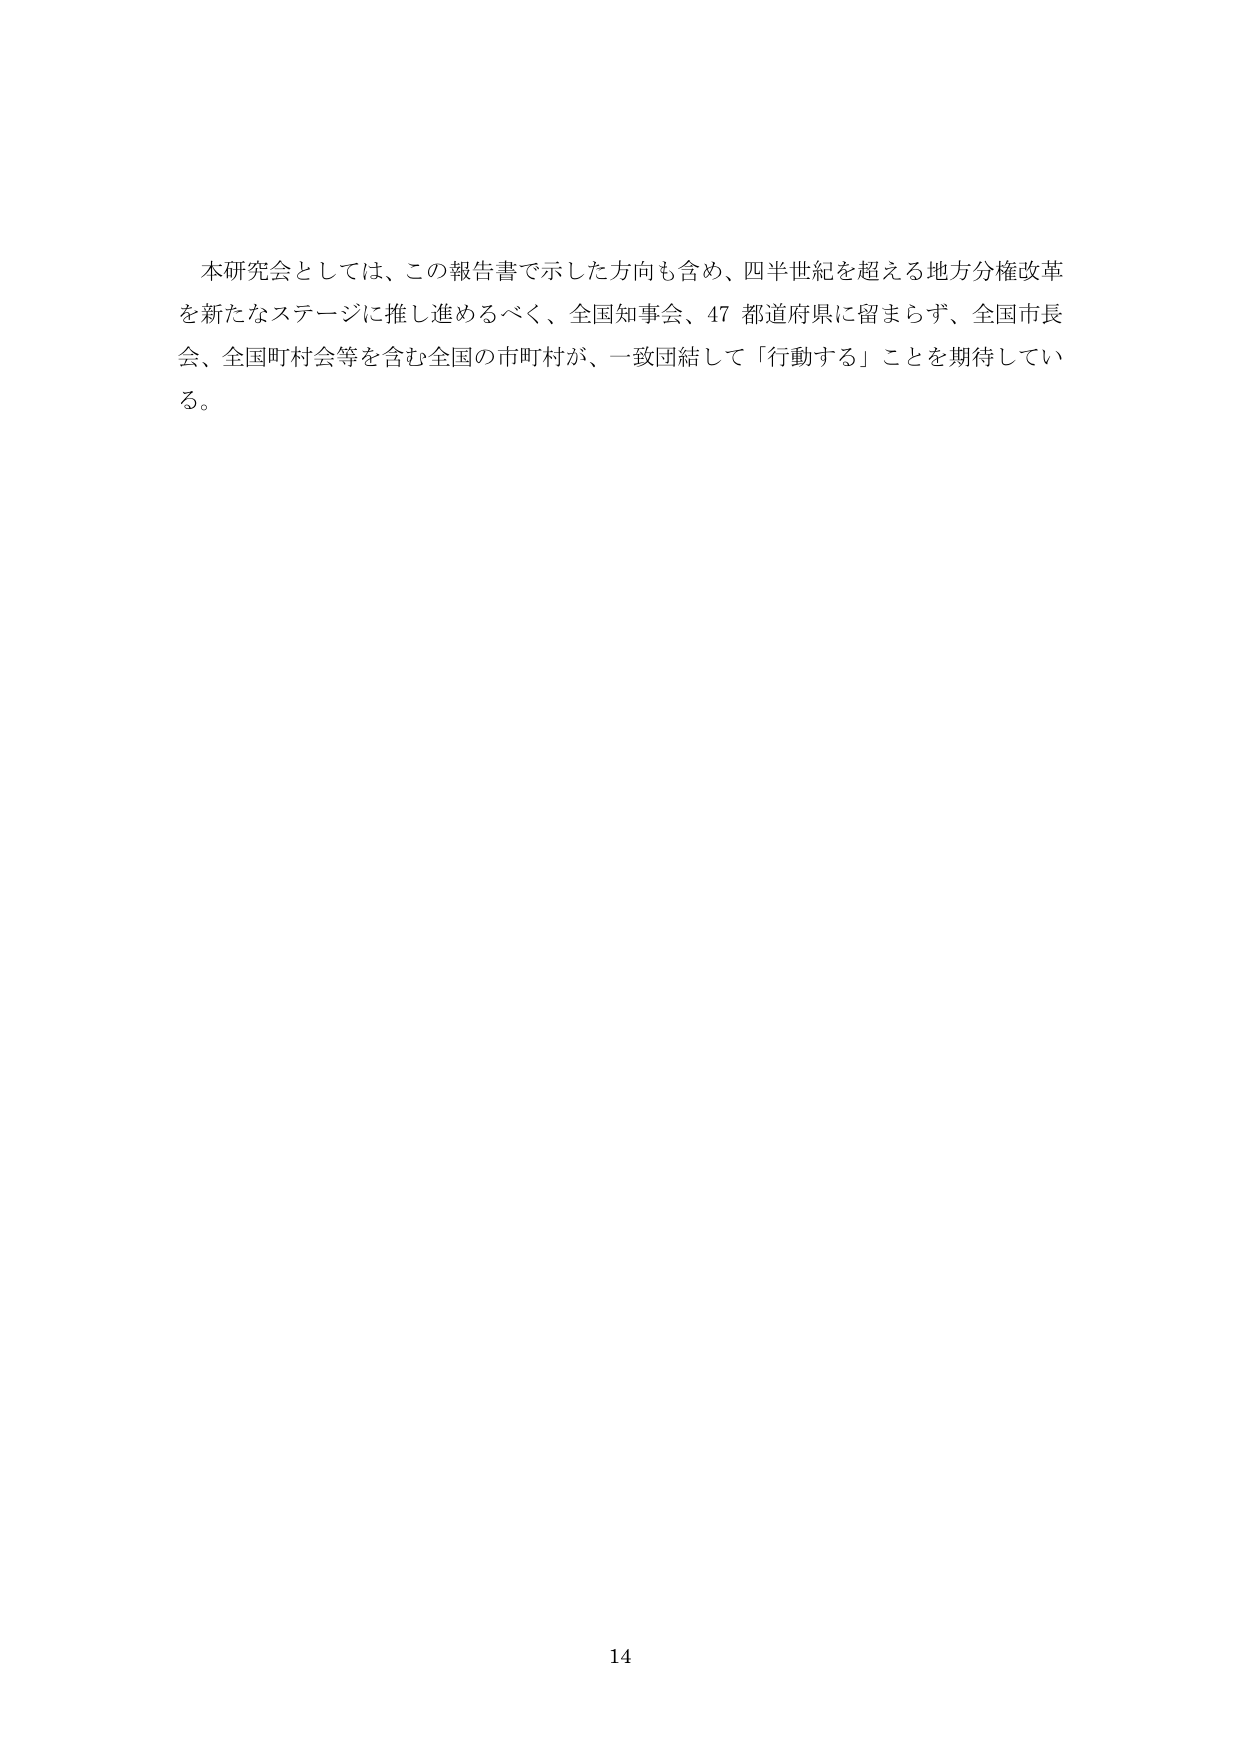
本研究会としては、この報告書で示した方向も含め、四半世紀を超える地方分権改革を新たなステージに推し進めるべく、全国知事会、47 都道府県に留まらず、全国市長会、全国町村会等を含む全国の市町村が、一致団結して「行動する」ことを期待している。

14